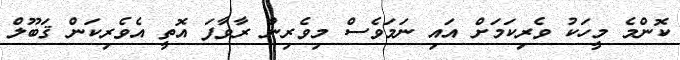
ކޮންމެ މީހަކު ވެރިކަމަށް އައި ނަމަވެސް މިވެރިން ރާވާފަ އޮތީ އެވެރިކަން ޤަބޫލް